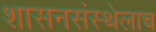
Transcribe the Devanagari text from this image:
शासनसंस्थेलाच